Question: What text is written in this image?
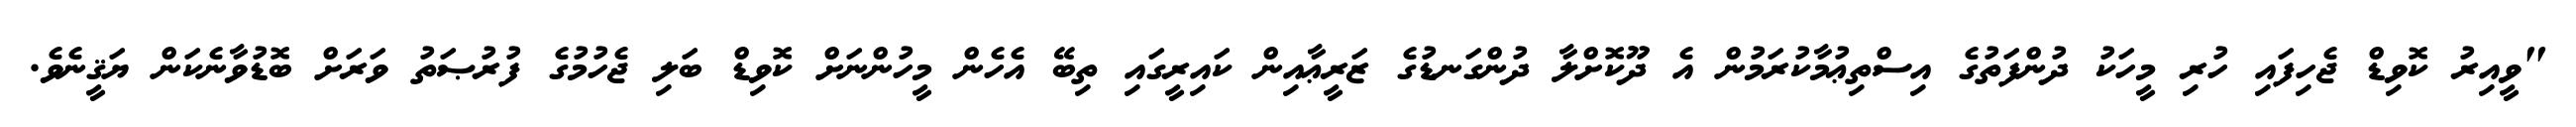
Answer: "ވީއިރު ކޮވިޑް ޖެހިފައި ހުރި މީހަކު ދުންފަތުގެ އިސްތިޢުމާކުރަމުން އެ ދޫކޮށްލާ ދުންގަނޑުގެ ޒަރީޢާއިން ކައިރީގައި ތިބޭ އެހެން މީހުންނަށް ކޮވިޑް ބަލި ޖެހުމުގެ ފުރުޞަތު ވަރަށް ބޮޑުވާނެކަން ޔަޤީނެވެ.